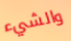
والشيء